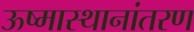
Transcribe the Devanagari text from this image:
ऊष्मास्थानांतरण